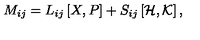
M _ { i j } = L _ { i j } \left[ X , P \right] + S _ { i j } \left[ { \cal H } , { \cal K } \right] ,